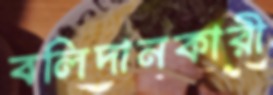
বলিদানকারী